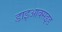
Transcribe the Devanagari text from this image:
डाइआक्सइड